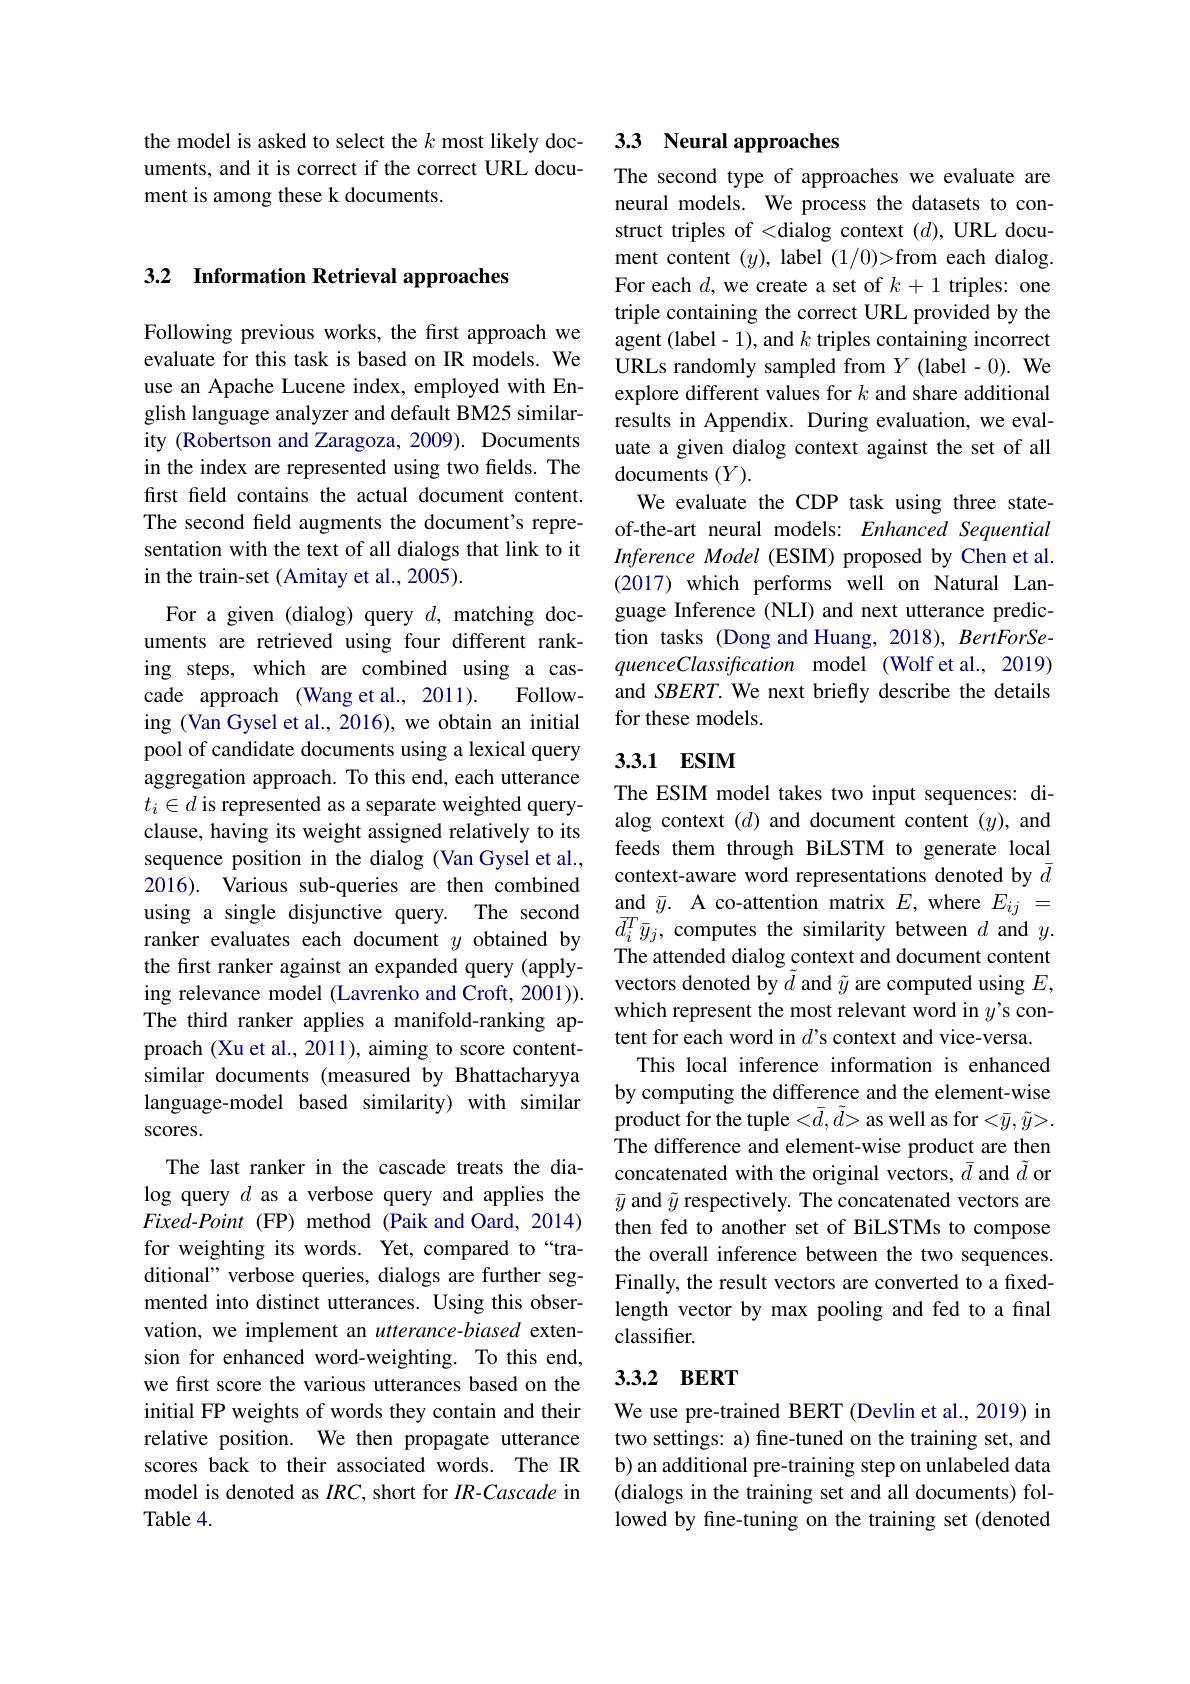
uments, and it is correct if the correct URL docu-
ment is among these k documents.

3.2 Information Retrieval approaches

Following previous works, the first approach we evaluate for this task is based on IR models. We use an Apache Lucene index, employed with English language analyzer and default BM25 similarity (Robertson and Zaragoza, 2009). Documents in the index are represented using two fields. The first feld contains the actual document content. The second feld augments the document's representation with the text of all dialogs that link to it in the train-set (Amitay et al., 2005).
For a given (dialog) query $d$, matching documents are retrieved using four different ranking steps, which are combined using a cas-
Follow-
cade approach (Wang et al., 2011).
ing (Van Gysel et al., 2016), we obtain an initial pool of candidate documents using a lexical query aggregation approach. To this end, each utterance $t_i\in d$ is represented as a separate weighted queryclause, having its weight assigned relatively to its sequence position in the dialog (Van Gysel et al., 2016). Various sub-queries are then combined using a single disjunctive query. The second ranker evaluates each document $y$ obtained by the first ranker against an expanded query (applying relevance model (Lavrenko and Croft, 2001)). The third ranker applies a manifold-ranking approach (Xu et al., 2011), aiming to score contentsimilar documents (measured by Bhattacharyya language-model based similarity) with similar scores.
The last ranker in the cascade treats the dialog query $d$ as a verbose query and applies the $Fixed-Point$ (FP) method (Paik and Oard, 2014) for weighting its words. Yet, compared to“traditional" verbose queries, dialogs are further segmented into distinct utterances. Using this observation, we implement an utterance-biased extension for enhanced word-weighting. To this end, we first score the various utterances based on the initial FP weights of words they contain and their relative position. We then propagate utterance scores back to their associated words. The IR model is denoted as $IRC$, short for $IR$-Cascade in Table 4.

# the model is asked to select the $k$ most likely doc- 3.3 Neural approaches

The second type of approaches we evaluate are neural models. We process the datasets to construct triples of <dialog context $(d)$, URL document content $(y)$, label (1/0)>from each dialog. For each $d$, we create a set of $k+1$ triples: one triple containing the correct URL provided by the agent (label-1), and $k$ triples containing incorrect URLs randomly sampled from $Y$ (label-0). We explore different values for $k$ and share additional results in Appendix. During evaluation, we evaluate a given dialog context against the set of all documents $(Y).$
We evaluate the CDP task using three stateof-the-art neural models: Enhanced Sequential Inference Model (ESIM) proposed by Chen et al. (2017) which performs well on Natural Language Inference (NLI) and next utterance prediction tasks (Dong and Huang, 2018), BertForSequenceClassification model (Wolf et al., 2019) and SBERT. We next briefly describe the details for these models.

## 3.3.1 ESIM

The ESIM model takes two input sequences: dialog context $(d)$ and document content $(y)$, and feeds them through BiLSTM to generate local context-aware word representations denoted by $\bar{d}$ and $\bar{y}.$ A co-attention matrix $E$, where $E_ij=$ $d_{i}^{T}\bar{y}_{j}$, computes the similarity between $d$ and $y.$ The attended dialog context and document content vectors denoted by $\tilde{d}$ and $\tilde{y}$ are computed using $E$, which represent the most relevant word in $y’$s content for each word in $d$'s context and vice-versa.
This local inference information is enhanced by computing the difference and the element-wise product for the tuple $<\bar{d},\tilde{d}>$ as well as for $<\bar{y},\tilde{y}>.$ The difference and element-wise product are then concatenated with the original vectors, $\bar{d}$ and $\tilde{d}$ or $\bar{y}$ and $\tilde{y}$ respectively. The concatenated vectors are then fed to another set of BiLSTMs to compose the overall inference between the two sequences. Finally, the result vectors are converted to a fixedlength vector by max pooling and fed to a final classifier.

## 3.3.2 ВЕRT

We use pre-trained BERT (Devlin et al., 2019) in two settings: a) fine-tuned on the training set, and b) an additional pre-training step on unlabeled data (dialogs in the training set and all documents) followed by fine-tuning on the training set (denoted